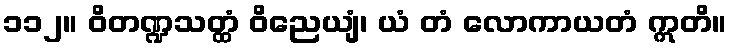
၁၁၂။ ဝိတဏ္ဍသတ္ထံ ဝိညေယျံ၊ ယံ တံ လောကာယတံ ဣတိ။